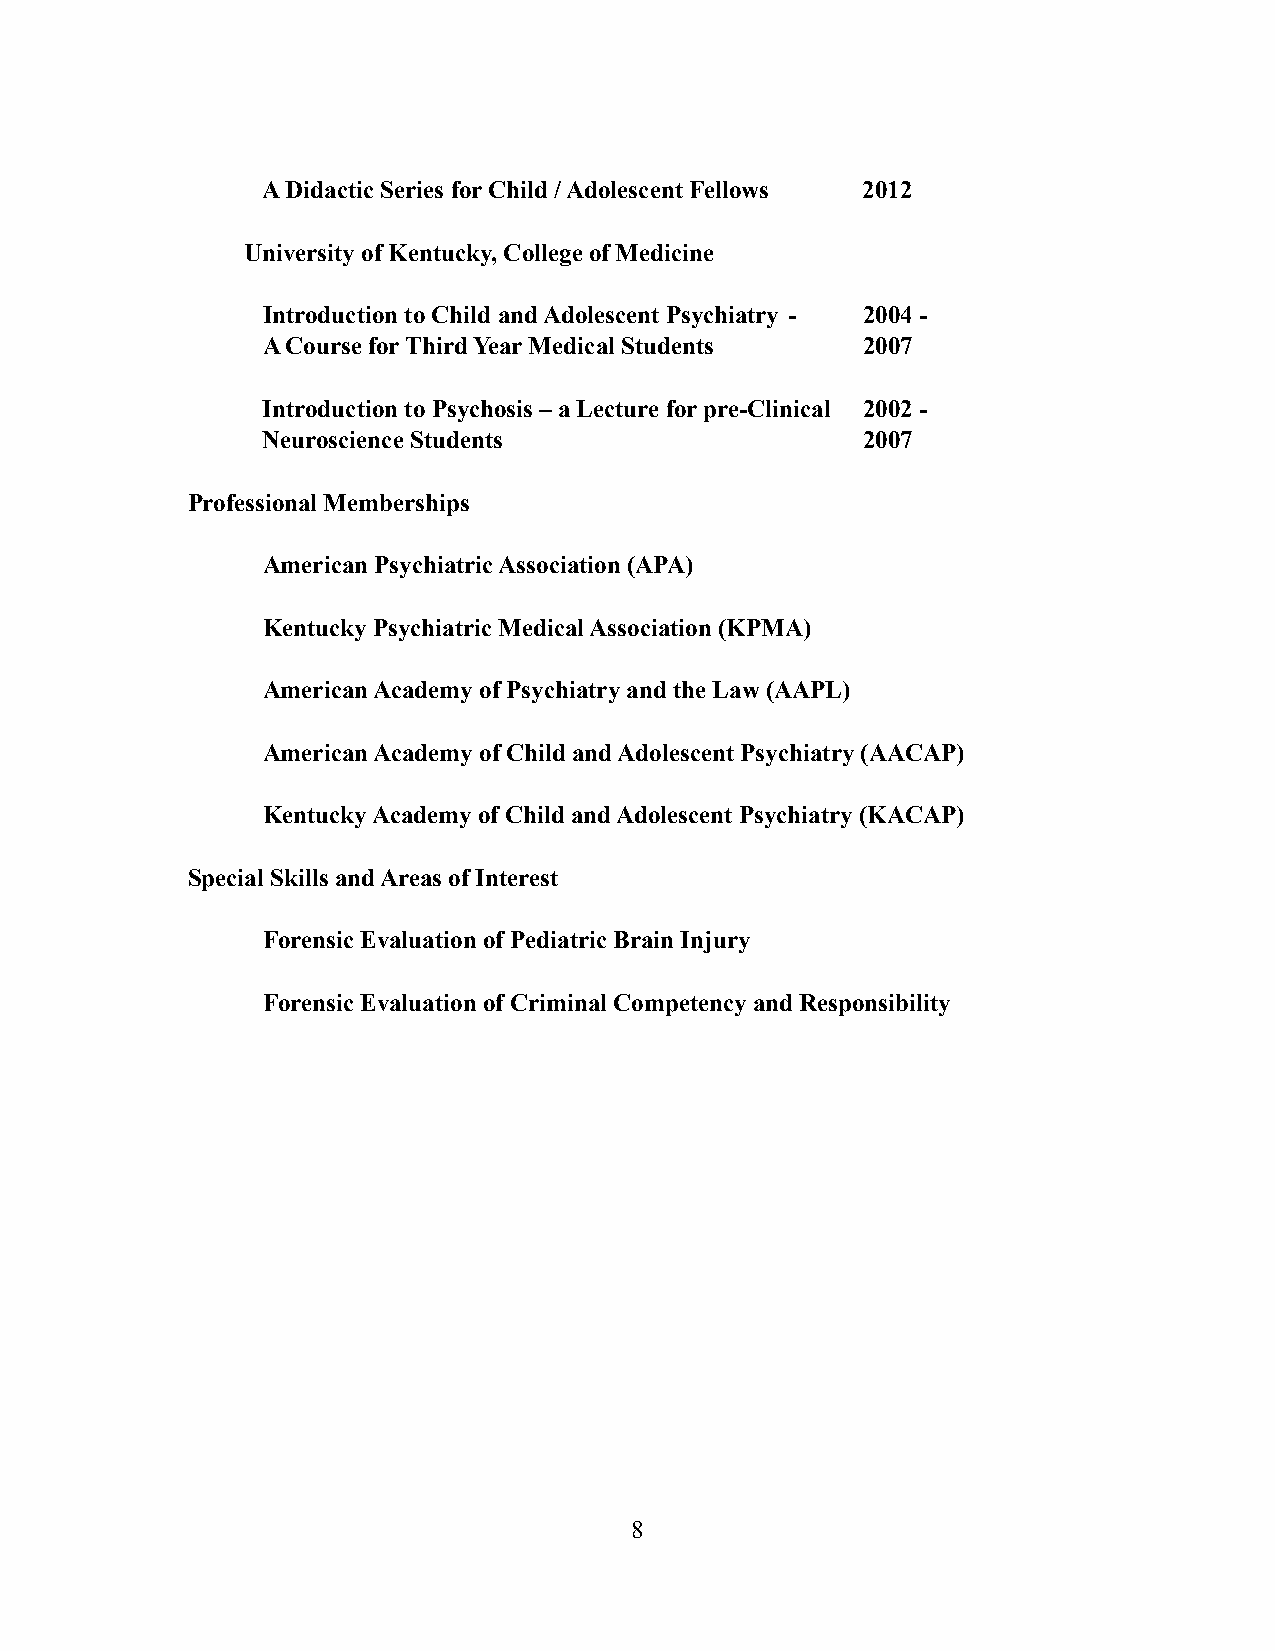
A Didactic Series for Child / Adolescent Fellows 2012
 University of Kentucky, College of Medicine
 Introduction to Child and Adolescent Psychiatry - 2004 -
 A Course for Third Year Medical Students 2007
 Introduction to Psychosis – a Lecture for pre-Clinical 2002 -
 Neuroscience Students                   2007
 Professional Memberships
 American Psychiatric Association (APA)
 Kentucky Psychiatric Medical Association (KPMA)
 American Academy of Psychiatry and the Law (AAPL)
 American Academy of Child and Adolescent Psychiatry (AACAP)
 Kentucky Academy of Child and Adolescent Psychiatry (KACAP)
 Special Skills and Areas of Interest
 Forensic Evaluation of Pediatric Brain Injury
 Forensic Evaluation of Criminal Competency and Responsibility
 !8